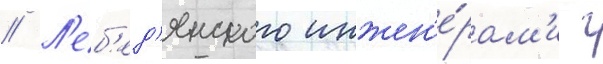
// Л'еб'ед'янского инжен'е́рам'и г